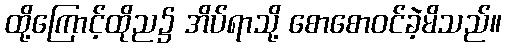
ထို့ကြောင့်ထိုည၌ အိပ်ရာသို့ စောစောဝင်ခဲ့မိသည်။